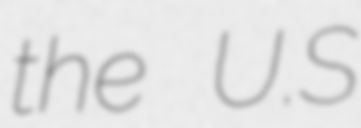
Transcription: the U.S